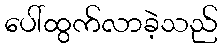
ပေါ်ထွက်လာခဲ့သည်